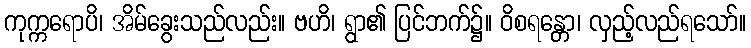
ကုက္ကရောပိ၊ အိမ်ခွေးသည်လည်း။ ဗဟိ၊ ရွာ၏ ပြင်ဘက်၌။ ဝိစရန္တော၊ လှည့်လည်ရသော်။